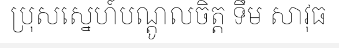
ប្រុសស្នេហ៍បណ្តូលចិត្ត ទឹម សាវុធ